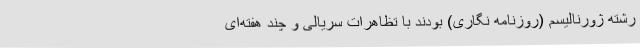
رشته‌ ژورنالیسم (روزنامه نگاری) بودند با تظاهرات سریالی و چند هفته‌ای